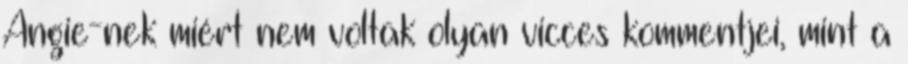
Angie-nek miért nem voltak olyan vicces kommentjei, mint a